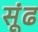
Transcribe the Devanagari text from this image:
सूंढ